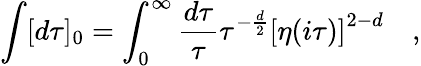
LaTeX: \int[d\tau]_{0}=\int_{0}^{\infty}\frac{d\tau}{\tau}\tau^{-\frac{d}{2}}\left[\eta(i\tau)\right]^{2-d}\quad,